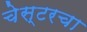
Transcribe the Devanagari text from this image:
चेस्टरचा